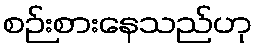
စဉ်းစားနေသည်ဟု